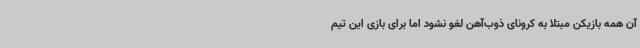
آن همه بازیکن مبتلا به کرونای ذوب‌آهن لغو نشود اما برای بازی این تیم